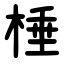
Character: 棰